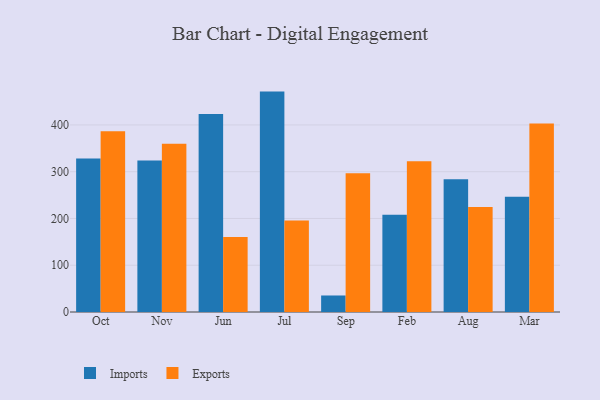
{"axis": {"x": "Month", "y": "Operating Costs (USD K)"}, "legend": ["Exports", "Imports"], "data": [{"x": "Oct", "y": 328.3, "type": "Imports"}, {"x": "Oct", "y": 386.4, "type": "Exports"}, {"x": "Nov", "y": 324.0, "type": "Imports"}, {"x": "Nov", "y": 359.8, "type": "Exports"}, {"x": "Jun", "y": 423.3, "type": "Imports"}, {"x": "Jun", "y": 160.5, "type": "Exports"}, {"x": "Jul", "y": 471.3, "type": "Imports"}, {"x": "Jul", "y": 195.5, "type": "Exports"}, {"x": "Sep", "y": 35.3, "type": "Imports"}, {"x": "Sep", "y": 296.7, "type": "Exports"}, {"x": "Feb", "y": 207.7, "type": "Imports"}, {"x": "Feb", "y": 322.2, "type": "Exports"}, {"x": "Aug", "y": 284.1, "type": "Imports"}, {"x": "Aug", "y": 224.7, "type": "Exports"}, {"x": "Mar", "y": 246.7, "type": "Imports"}, {"x": "Mar", "y": 403.0, "type": "Exports"}]}